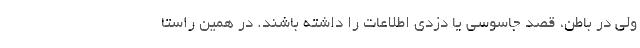
ولی در باطن، قصد جاسوسی یا دزدی اطلاعات را داشته باشند. در همین راستا